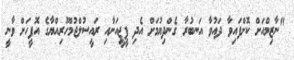
"ނާޒިމްއަށް ކޮށްފައިވާ ދައުވާ އަނބުރާ ގެންދިޔުމަށް އެދި ޕީޖީއަށާއި ރައީސުލްޖުމްހޫރިއްޔާގެ އޮފީހަށް ވާނީ